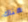
هناك